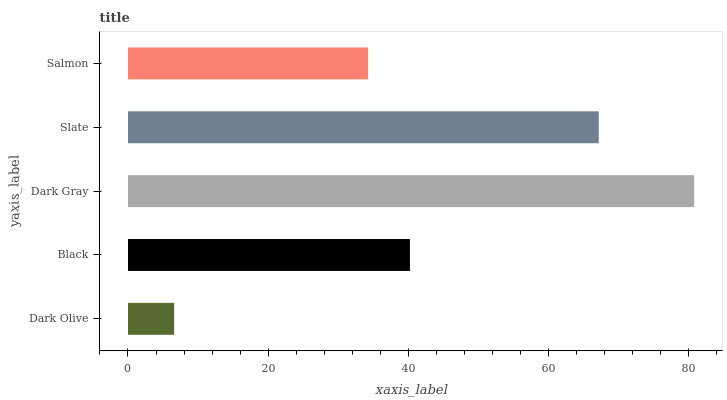
| yaxis_label | bars |
 | --- | --- |
 | Dark Olive | 6.58 |
 | Black | 40.2 |
 | Dark Gray | 80.8 |
 | Slate | 67.2 |
 | Salmon | 34.3 |